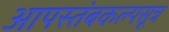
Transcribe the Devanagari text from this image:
आपस्तंबकल्पसूत्र